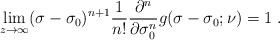
LaTeX: \begin{align*} \lim_{z\to\infty}(\sigma-\sigma_0)^{n+1}\frac{1}{n!}\frac{\partial^n}{\partial \sigma_0^n}g(\sigma-\sigma_0;\nu)=1\ . \end{align*}